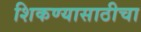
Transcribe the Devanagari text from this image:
शिकण्यासाठीचा